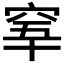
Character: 𥥫